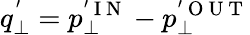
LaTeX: q_{\perp}^{'}=p_{\perp}^{'\mathrm{~I~N~}}-p_{\perp}^{'\mathrm{~O~U~T~}}